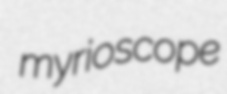
myrioscope